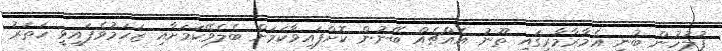
ފުލުހުން ބުނީ އެމާރާމާރީގައި ތޫނު އެއްޗެއް ބޭނުން ކޮށްފައިވާކަމަށް ބެލެވޭކަމަށާއި ޒަހަމުވެފައިވީ ހަތަރު